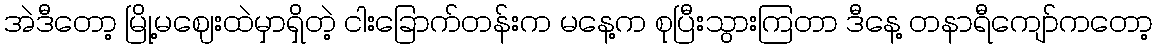
အဲဒီတော့ မြို့မဈေးထဲမှာရှိတဲ့ ငါးခြောက်တန်းက မနေ့က စုပြီးသွားကြတာ ဒီနေ့ တနာရီကျော်ကတော့